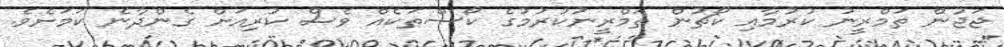
ޖަޖުން ތަމްރީނު ކުރުމާއި ކޯޗުން ތަމްރީނުކުރުމުގެ ކޯސްތަކެއް ވެސް ކުރިއަށް ގެންދާނެ ކަމަށެވެ.